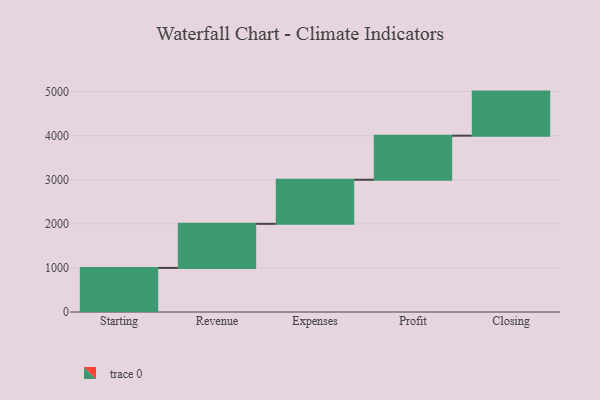
{"axis": {"x": "Step", "y": "Value"}, "legend": [""], "data": [{"x": "Starting", "y": 1000, "type": ""}, {"x": "Revenue", "y": 1000, "type": ""}, {"x": "Expenses", "y": 1000, "type": ""}, {"x": "Profit", "y": 1000, "type": ""}, {"x": "Closing", "y": 1000, "type": ""}]}